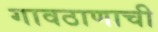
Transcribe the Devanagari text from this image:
गावठाणाची